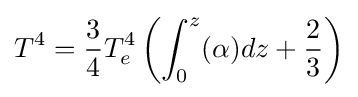
T^{4}={\frac {3}{4}}T_{e}^{4}\left(\int _{0}^{z}(\alpha )dz+{\frac {2}{3}}\right)